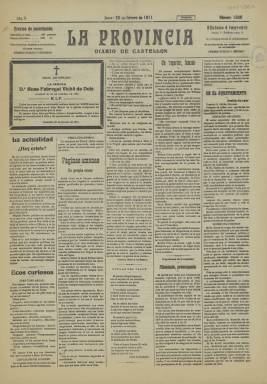
Título: La Provincia (Castellón)
Colección: Periódicos
Ámbito geográfico: Castellón
Lugar de publicación: Castellón
Fechas: 23/02/1911-23/02/1911